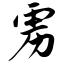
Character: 雳